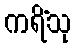
ကရိံသု